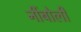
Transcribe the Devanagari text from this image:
नींबोली